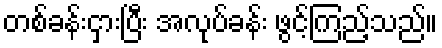
တစ်ခန်းငှားပြီး အလုပ်ခန်း ဖွင့်ကြည့်သည်။